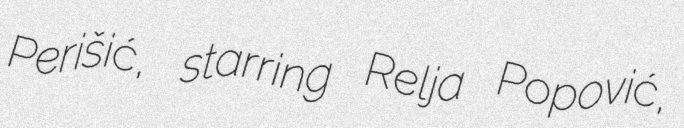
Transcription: Perišić, starring Relja Popović,